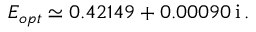
E _ { o p t } \simeq 0 . 4 2 1 4 9 + 0 . 0 0 0 9 0 \, \mathrm { i } \, .